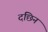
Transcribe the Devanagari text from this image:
दछिन